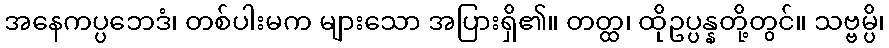
အနေကပ္ပဘေဒံ၊ တစ်ပါးမက များသော အပြားရှိ၏။ တတ္ထ၊ ထိုဥပ္ပန္နတို့တွင်။ သဗ္ဗမ္ပိ၊